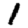
Digit: 1